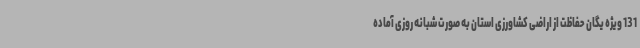
131 ویژه یگان حفاظت از اراضی کشاورزی استان به صورت شبانه روزی آماده